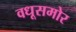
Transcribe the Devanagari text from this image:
वधूसमोर